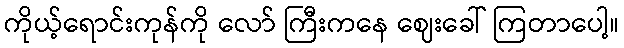
ကိုယ့်ရောင်းကုန်ကို လော် ကြီးကနေ ဈေးခေါ် ကြတာပေါ့။